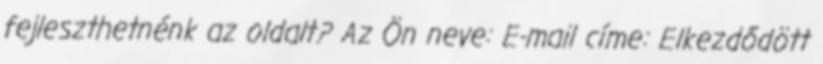
fejleszthetnénk az oldalt? Az Ön neve: E-mail címe: Elkezdődött